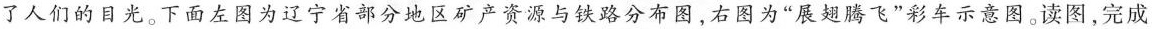
了人们的目光。下面左图为辽宁省部分地区矿产资源与铁路分布图，右图为”展翅腾飞”彩车示意图。读图，完成